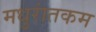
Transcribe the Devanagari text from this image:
मधुरांतकम